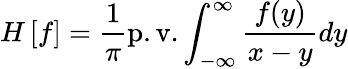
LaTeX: H\left[f\right]=\frac{1}{\pi}\mathrm{p.v.}\int_{-\infty}^{\infty}\frac{f(y)}{x-y}dy